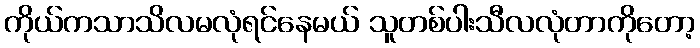
ကိုယ်ကသာသိလမလုံရင်နေမယ် သူတစ်ပါးသီလလုံတာကိုတော့